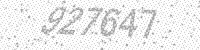
Solution: 927647